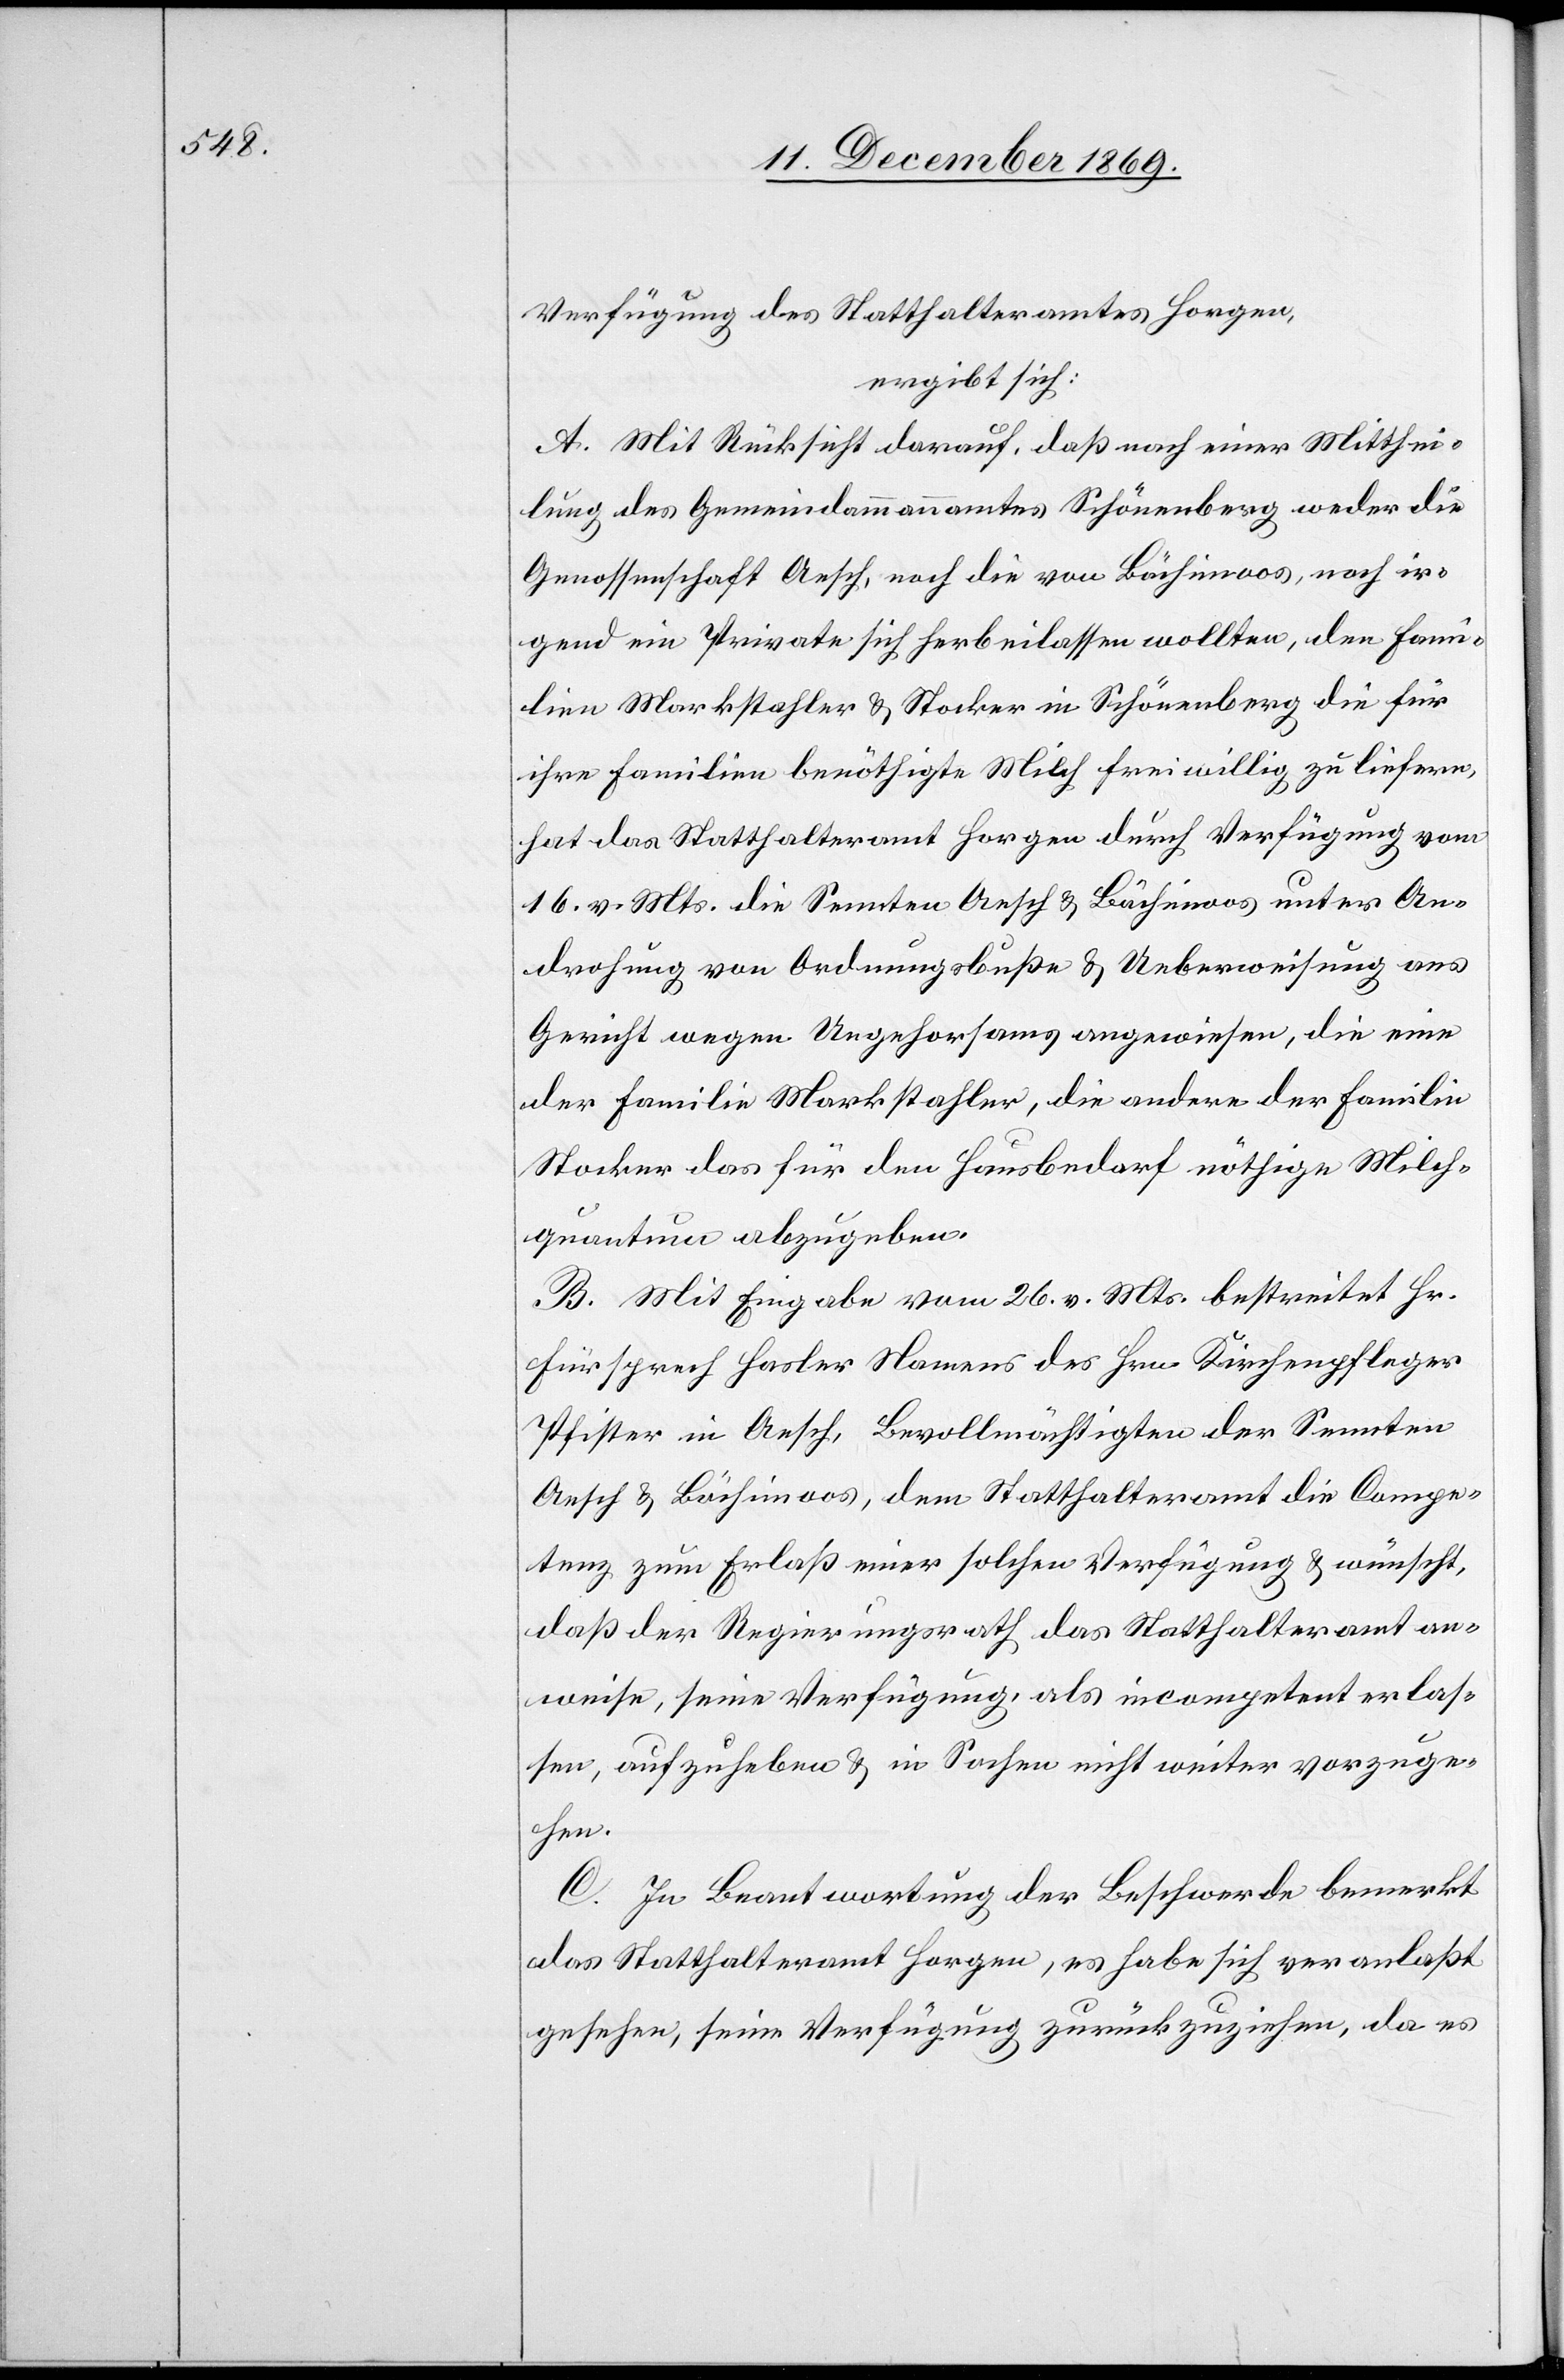
Verfügung des Statthalteramtes Horgen,
ergibt sich:
A. Mit Rücksicht darauf, daß nach einer Mitthei¬
lung des Gemeindammannamtes Schönenberg weder die
Genossenschaft Aesch, noch die von Bächimoos, noch ir¬
gend ein Private sich herbeilassen wollten, den Fami¬
lien Markstahler & Stocker in Schönenberg die für
ihre Familien benöthigte Milch freiwillig zu liefern,
hat das Statthalteramt Horgen durch Verfügung vom
16. v. Mts. die Sennten Aesch & Bächimoos unter An¬
drohung von Ordnungsbuße & Ueberweisung ans
Gericht wegen Ungehorsams angewiesen, die eine
der Familie Markstahler, die andere der Familie
Stocker das für den Hausbedarf nöthige Milch¬
quantum abzugeben.
B. Mit Eingabe vom 26. v. Mts. bestreitet Hr.
Fürsprech Hasler Namens des Hrn. Kirchenpfleger
Pfister in Aesch, Bevollmächtigten der Sennten
Aesch & Bächimoos, dem Statthalteramt die Compe¬
tenz zum Erlaß einer solchen Verfügung & wünscht,
daß der Regierungsrath das Statthalteramt an¬
weise, seine Verfügung, als incompetent erlas¬
sen, aufzuheben & in Sachen nicht weiter vorzuge¬
hen.
C. In Beantwortung der Beschwerde bemerkt
das Statthalteramt Horgen, es habe sich veranlaßt
gesehen, seine Verfügung zurückzuziehen, da es